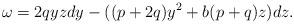
LaTeX: \begin{align*}\omega = 2qyzdy-((p+2q)y^2+b(p+q)z)dz.\end{align*}